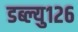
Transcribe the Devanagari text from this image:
डब्ल्यु१२६